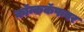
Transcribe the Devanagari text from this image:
कॉन्ककॅफवर